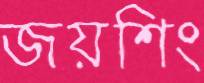
জয়শিং